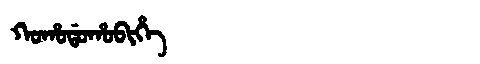
Manchu: ᡴᠣᡥᠣᡩᠣᡥᠣᠪᡳᡥᡝ
Romanization: KOHODOHOBIHE